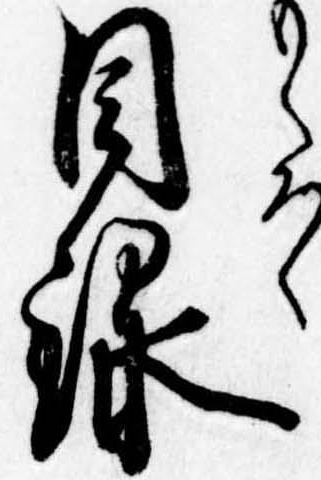
目録